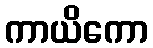
ကာယိကော